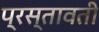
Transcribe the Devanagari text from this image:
प्रस्तावती